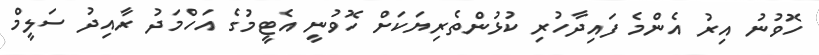
ހޮވުނު އިރު އެންމެ ފައިދާހުރި ކުޅުންތެރިޔަކަށް ހޮވުނީ އެޓީމުގެ އަހްމަދު ރާއިދު ސަލީމް